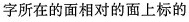
字所在的面相对的面上标的